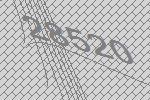
28520